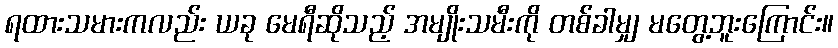
ရထားသမားကလည်း ယခု မေရီဆိုသည့် အမျိုးသမီးကို တစ်ခါမျှ မတွေ့ဘူးကြောင်း။